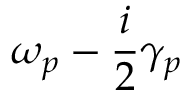
\omega _ { p } - \frac { i } { 2 } \gamma _ { p }